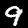
Label: 9